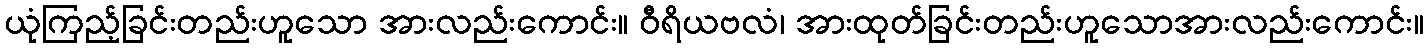
ယုံကြည့်ခြင်းတည်းဟူသော အားလည်းကောင်း။ ဝီရိယဗလံ၊ အားထုတ်ခြင်းတည်းဟူသောအားလည်းကောင်း။